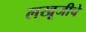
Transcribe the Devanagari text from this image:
लखूजीचे